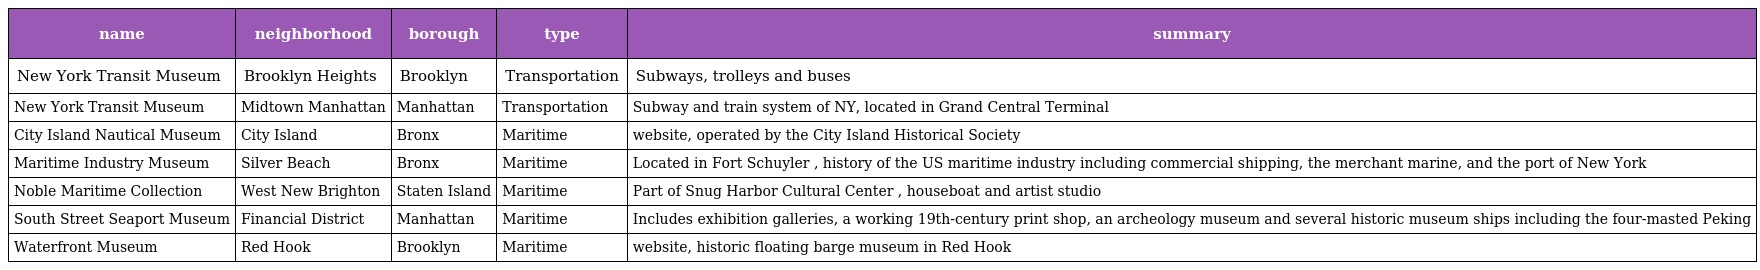
| name | neighborhood | borough | type | summary |
 | --- | --- | --- | --- | --- |
 | New York Transit Museum | Brooklyn Heights | Brooklyn | Transportation | Subways, trolleys and buses |
 | New York Transit Museum | Midtown Manhattan | Manhattan | Transportation | Subway and train system of NY, located in Grand Central Terminal |
 | City Island Nautical Museum | City Island | Bronx | Maritime | website, operated by the City Island Historical Society |
 | Maritime Industry Museum | Silver Beach | Bronx | Maritime | Located in Fort Schuyler , history of the US maritime industry including commercial shipping, the merchant marine, and the port of New York |
 | Noble Maritime Collection | West New Brighton | Staten Island | Maritime | Part of Snug Harbor Cultural Center , houseboat and artist studio |
 | South Street Seaport Museum | Financial District | Manhattan | Maritime | Includes exhibition galleries, a working 19th-century print shop, an archeology museum and several historic museum ships including the four-masted Peking |
 | Waterfront Museum | Red Hook | Brooklyn | Maritime | website, historic floating barge museum in Red Hook |